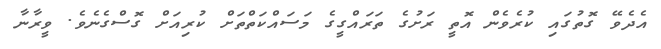
އެދެވޭ ގޮތުގައި ކުރެވެން އޮތީ ރަށުގެ ތަރައްގީގެ މަސައްކަތްތަށް ކުރިއަށް ގޮސްގެނެވެ. ވީރާނާ